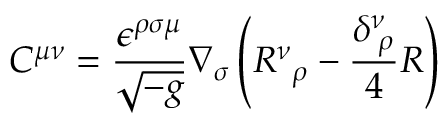
C ^ { \mu \nu } = \frac { \epsilon ^ { \rho \sigma \mu } } { \sqrt { - g } } \nabla _ { \sigma } \left( R { ^ \nu } { _ \rho } - \frac { \delta _ { \; \rho } ^ { \nu } } { 4 } R \right)